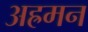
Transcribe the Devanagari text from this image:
अह्रमन